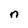
Character: n